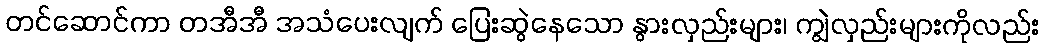
တင်ဆောင်ကာ တအီအီ အသံပေးလျက် ပြေးဆွဲနေသော နွားလှည်းများ၊ ကျွဲလှည်းများကိုလည်း